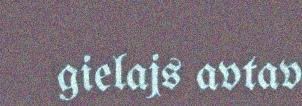
gielajs avtav